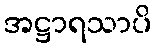
အဋ္ဌာရသာပိ